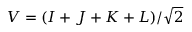
\boldsymbol { V } = ( \boldsymbol { I } + \boldsymbol { J } + \boldsymbol { K } + \boldsymbol { L } ) / \sqrt { 2 }